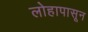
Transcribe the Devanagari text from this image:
लोहापासून